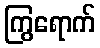
ကြွရောက်